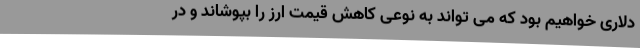
دلاری خواهیم بود که می تواند به نوعی کاهش قیمت ارز را بپوشاند و در